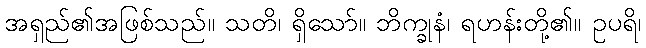
အရှည်၏အဖြစ်သည်။ သတိ၊ ရှိသော်။ ဘိက္ခုနံ၊ ရဟန်းတို့၏။ ဥပရိ၊